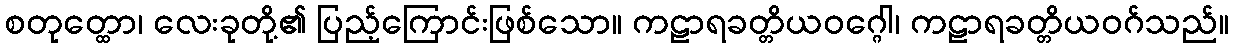
စတုတ္ထော၊ လေးခုတို့၏ ပြည့်ကြောင်းဖြစ်သော။ ကဠာရခတ္တိယဝဂ္ဂေါ၊ ကဠာရခတ္တိယဝဂ်သည်။